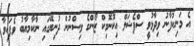
އެ މަނިކުފާނު ވިދާޅުވީ ސްޕެޝަލް އިކޮނޮމިކް ޒޯންގެ ވިސްނުން ދުނިޔޭގައި ނާކާމިޔާބު ވެފައިވާ